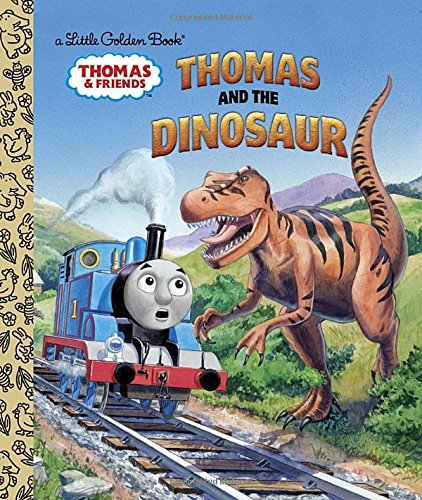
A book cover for Thomas and the Dinosaur (Thomas & Friends) (Little Golden Book); Golden Books; Children's Books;